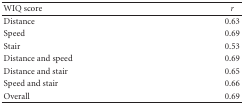
<table><thead><tr><td><b>WIQ score</b></td><td><b><i>r</i></b></td></tr></thead><tbody><tr><td>Distance</td><td>0.63</td></tr><tr><td>Speed</td><td>0.69</td></tr><tr><td>Stair</td><td>0.53</td></tr><tr><td>Distance and speed</td><td>0.69</td></tr><tr><td>Distance and stair</td><td>0.65</td></tr><tr><td>Speed and stair</td><td>0.66</td></tr><tr><td>Overall</td><td>0.69</td></tr></tbody></table>